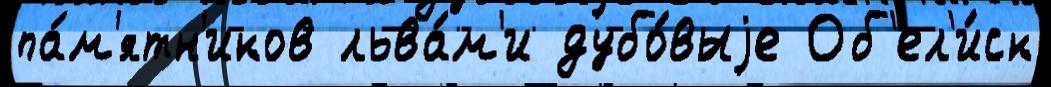
па́м'ятн'иков льва́м'и дубо́выjе Об'ел'и́ск